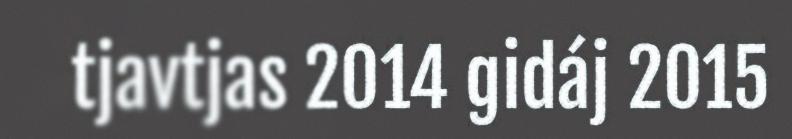
tjavtjas 2014 gidáj 2015